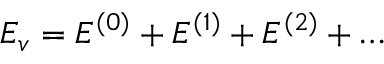
E _ { v } = E ^ { ( 0 ) } + E ^ { ( 1 ) } + E ^ { ( 2 ) } + \ldots